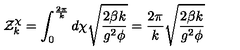
{ \cal Z } _ { k } ^ { \chi } = \int _ { 0 } ^ { \frac { 2 \pi } { k } } d \chi \sqrt { \frac { 2 \beta k } { g ^ { 2 } \phi } } = \frac { 2 \pi } { k } \sqrt { \frac { 2 \beta k } { g ^ { 2 } \phi } }